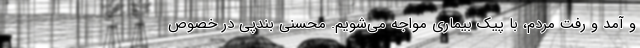
و آمد و رفت مردم، با پیک بیماری مواجه می‌شویم. محسنی بندپی در خصوص